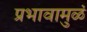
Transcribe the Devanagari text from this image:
प्रभावामुळं